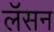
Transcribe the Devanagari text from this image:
लॅसन